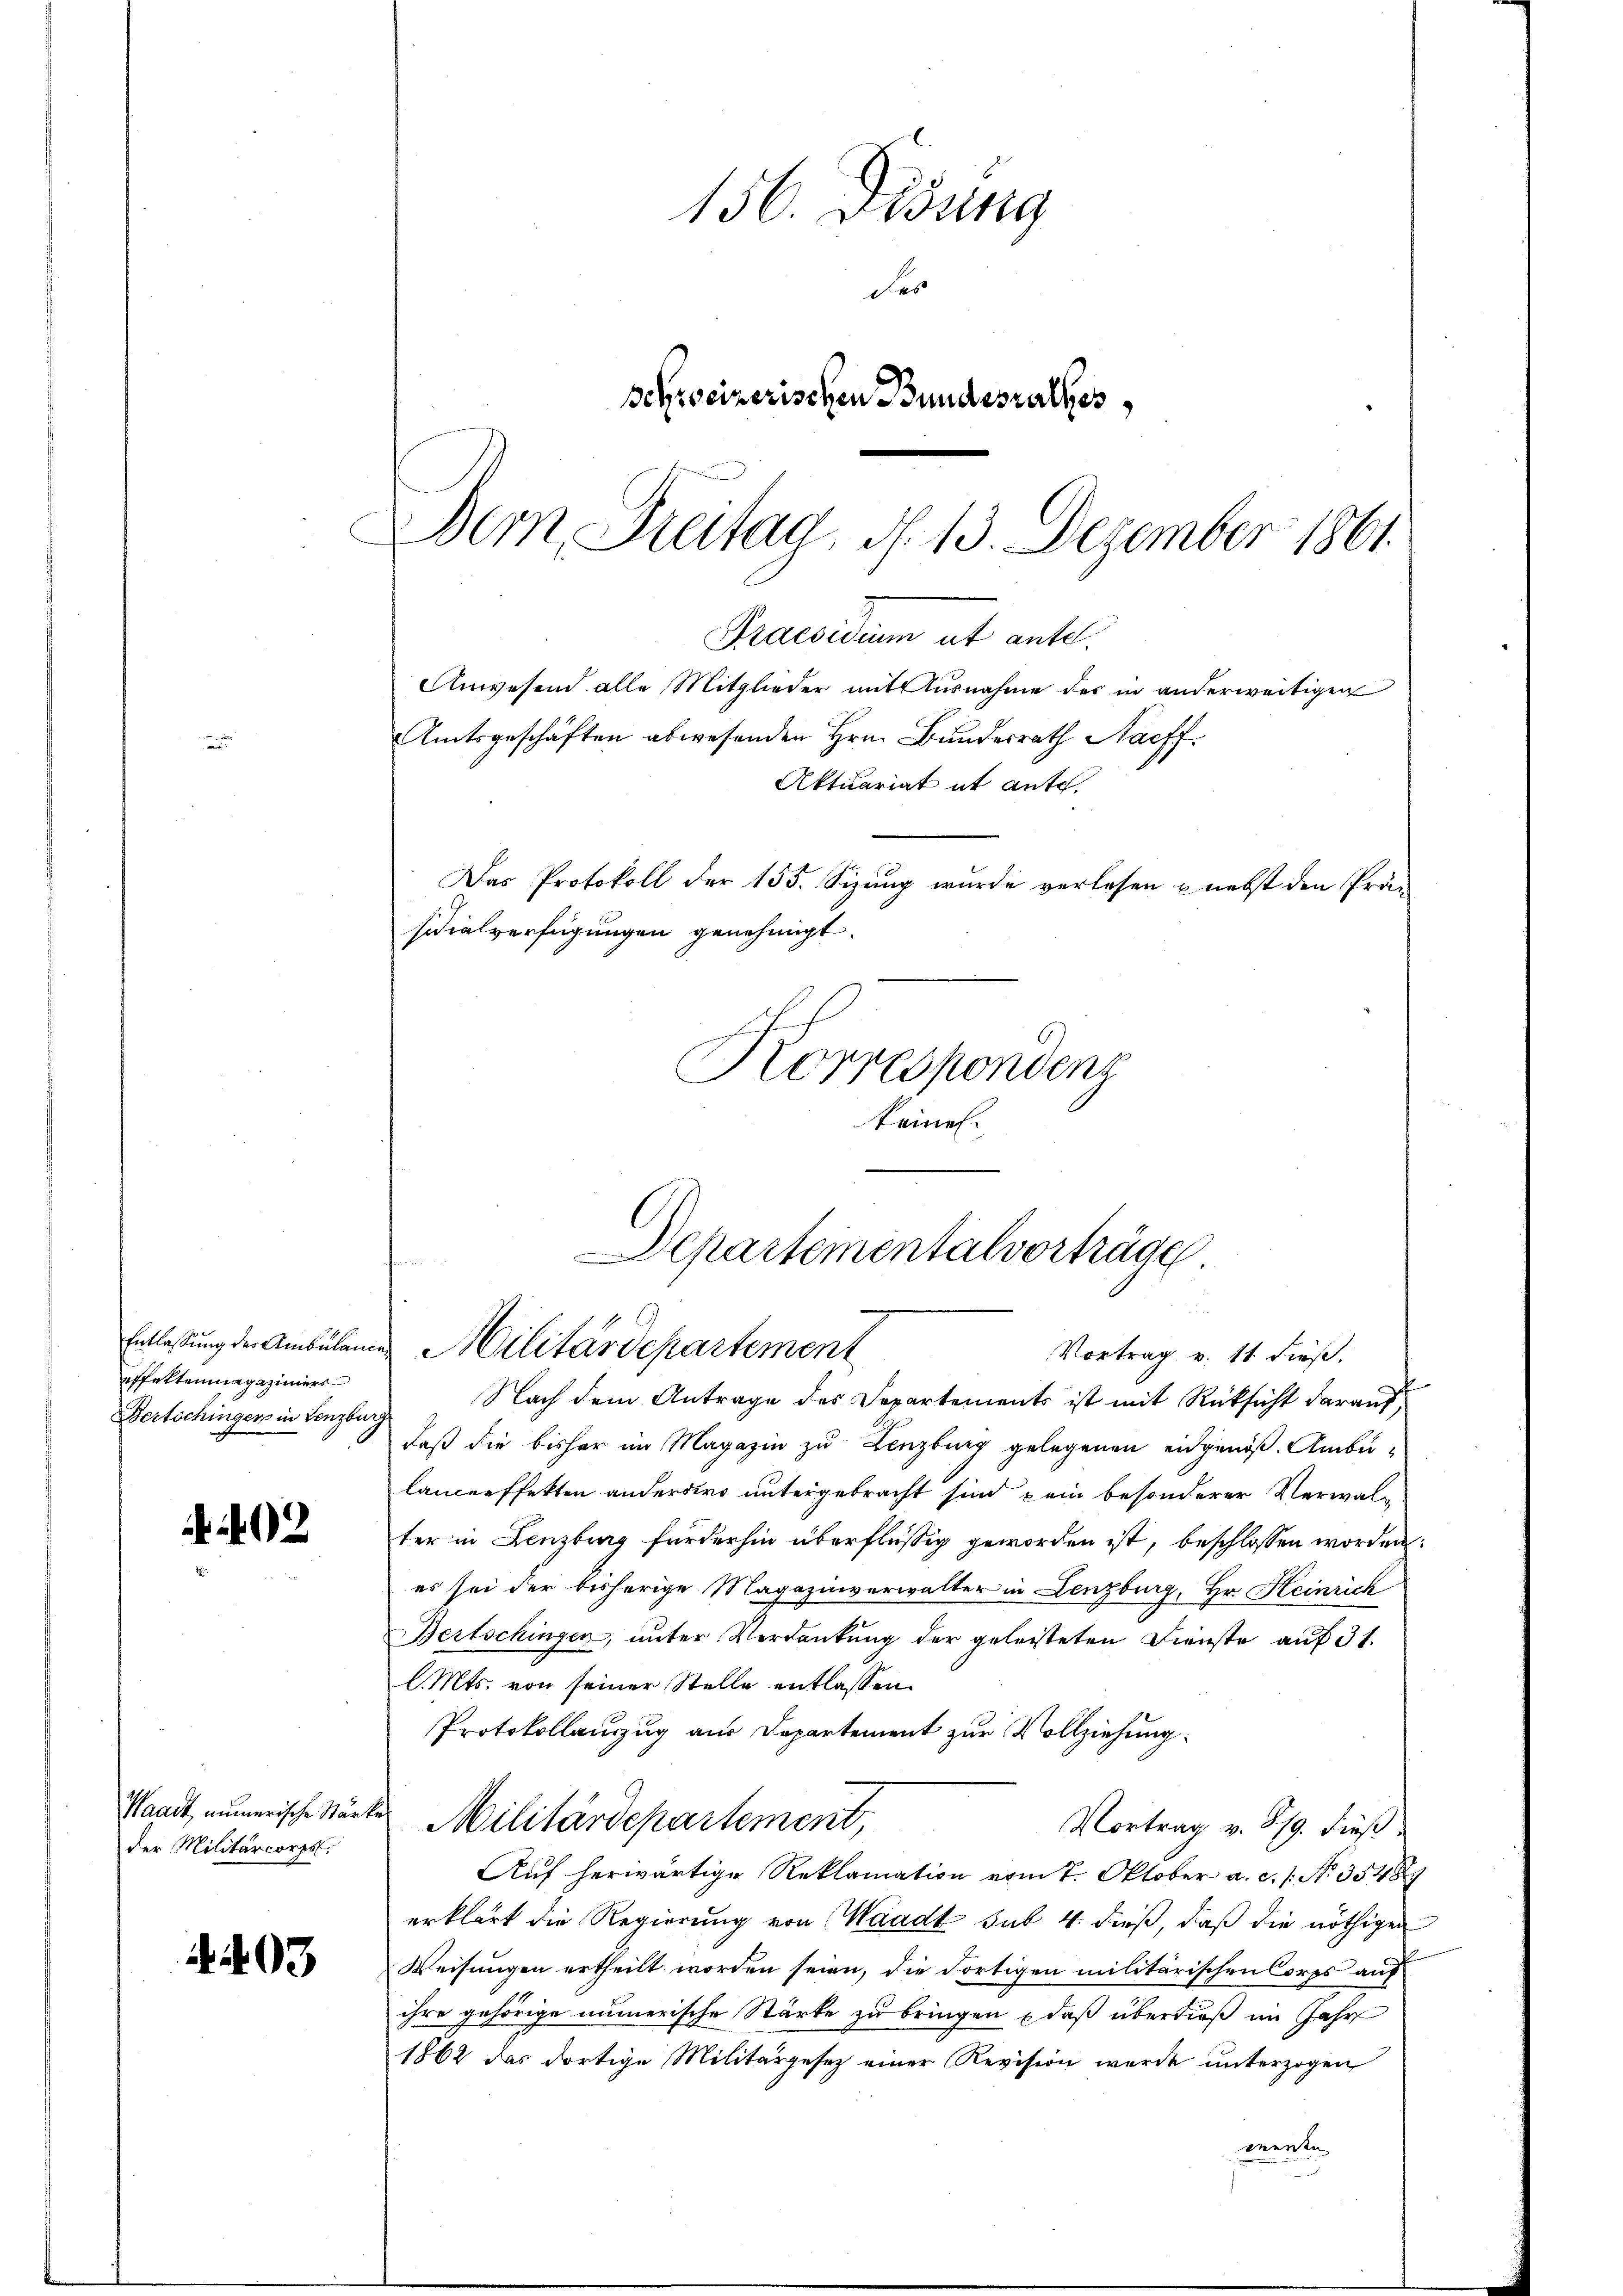
Entlassung der Ambulan
effektenmagazimmers
Bertschingen in Lenzburg

2

der Militärcorps.

93

156. Disung
das
Schweizerischen Bundesrathes
Bern Freitag, d. 13. Dezember 1861
Praesidium et ante.

Anwesend alle Mitglieder mit Ausnahme der in anderweitigen

Amtsgeschäften abwesenden Hrn. Bundesrath Nachf
Aktuariat it ante.
Das Protokoll der 155. Sizung wurde verlesen & nebst den Prä-
sidialverfügungen genehmigt.
Korrespondenz
keinen.

Departementalvorträge
n
 Militärdepartement
Vortrag v. 11 dieß.

Nach dem Antrage des Departements ist mit Rücksicht darauf,
daß die bisher im Magazin zu Lenzburg gelegenen eidgenöß. Ambulancerffekten anderars untergebracht sind kein besonderer Verwalter in Lenzburg forderhin überflüssig geworden ist, beschlossen worden:
es sei der bisherige Magazinverwalter in Lenzburg, Hr. Heinrich
Bertschingen, unter Verdankung der geleisteten Dienste auf 31.
l. Mts. von seiner Stelle entlassen.
Protokollauszug aus Departement zur Vollziehung
Waadt, numerische Stärker Militärdepartement,
Vortrag v. 319. dieß.
Auf herwärtige Reklamation vom 7. Oktober a. c. s. No. 35489
erklärt die Regierung von Waadt sub. 4. dieß, daß die nöthigen
Weisungen ertheilt worden seien, die dortigen militärischen Corps auf
ihre gehörige numerische Stärke zu bringen , daß überdieß im Jahr
1862 das dortige Militärgesetz einer Revision werde unterzogen
prente